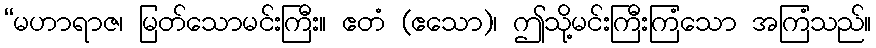
“မဟာရာဇ၊ မြတ်သောမင်းကြီး။ ဧတံ (ဧသော)၊ ဤသို့မင်းကြီးကြံသော အကြံသည်။